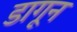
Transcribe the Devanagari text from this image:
डागून